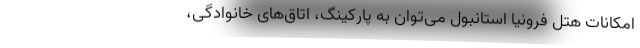
امکانات هتل فرونیا استانبول می‌توان به پارکینگ، اتاق‌های خانوادگی،